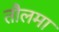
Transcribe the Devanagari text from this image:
तौलमा